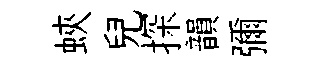
蛺兒探韻彌